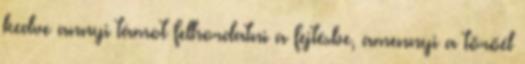
kedve annyi támot felhordatni a fejtésbe, amennyi a törőél